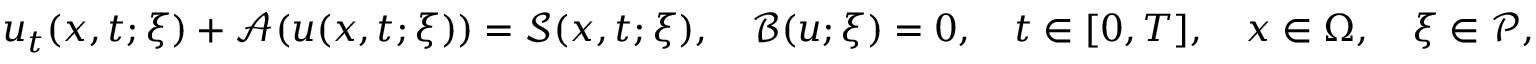
u _ { t } ( \boldsymbol { x } , t ; \boldsymbol { \xi } ) + \mathcal { A } ( u ( \boldsymbol { x } , t ; \boldsymbol { \xi } ) ) = \mathcal { S } ( \boldsymbol { x } , t ; \boldsymbol { \xi } ) , \quad \mathcal { B } ( u ; \boldsymbol { \xi } ) = 0 , \quad t \in [ 0 , T ] , \quad \boldsymbol { x } \in \Omega , \quad \boldsymbol { \xi } \in \mathcal { P } ,